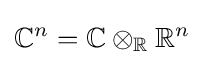
\mathbb {C} ^{n}=\mathbb {C} \otimes _{\mathbb {R} }\mathbb {R} ^{n}